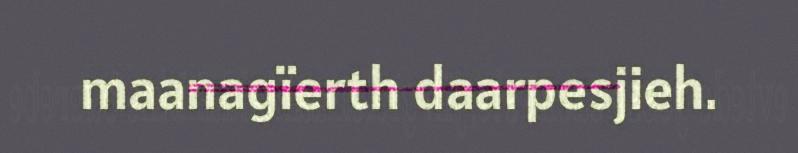
maanagïerth daarpesjieh.